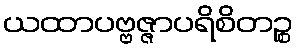
ယထာပဗ္ဗဇ္ဇာပရိစိတဉ္စ